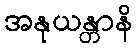
အနုယန္တာနိ